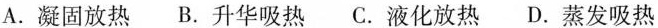
A. 凝固放热 B. 升华吸热 C. 液化放热 D. 蒸发吸热